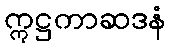
ဣဋ္ဌကာဆဒနံ